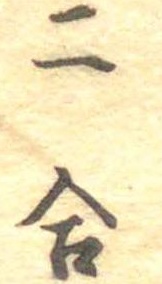
二合